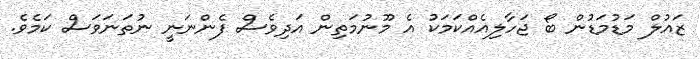
ޒައުލް މަޑުމަޑުން ބޯ ޖަހާލިއެއްކަމަކު އެ މޫނުމަތިން އަދިވެސް ފެންނަނީ ނުތަނަވަސް ކަމެވެ.